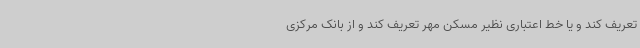
تعریف کند و یا خط اعتباری نظیر مسکن مهر تعریف کند و از بانک مرکزی